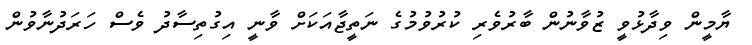
ޔާމީން ވިދާޅުވީ ޒުވާނުން ބާރުވެރި ކުރުވުމުގެ ނަތީޖާއަކަށް ވާނީ އިގުތިސާދު ވެސް ހަރަދުނާވުން